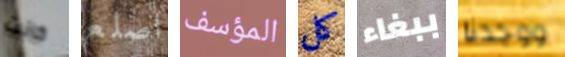
كانت اصلع المؤسف كل ببغاء ووجدنا